Punjab Mental Hospital Lahore 1932-46 - 1932-1946
Year: 1932
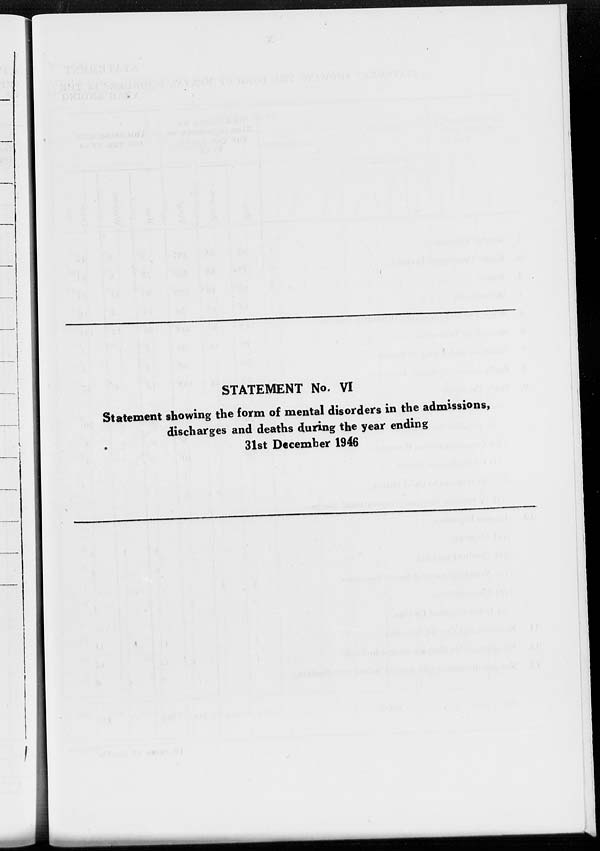
STATEMENT No. VI
Statement showing the form of mental disorders in the admissions,
discharges and deaths during the year ending
31st December 1946